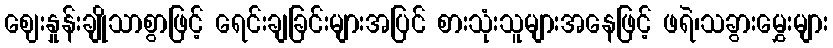
ဈေးနှုန်းချိုသာစွာဖြင့် ရေင်းချခြင်းများအပြင် စားသုံးသူများအနေဖြင့် ဖရဲ၊သခွားမွှေးများ